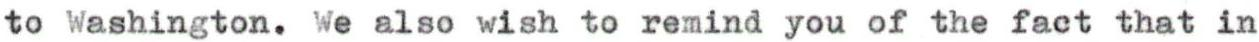
to Washington. We also wish to remind you of the fact that in